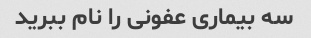
سه بیماری عفونی را نام ببرید